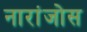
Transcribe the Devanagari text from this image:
नारांजोस